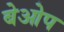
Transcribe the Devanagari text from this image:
बेओप